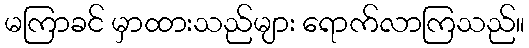
မကြာခင် မှာထားသည်များ ရောက်လာကြသည်။